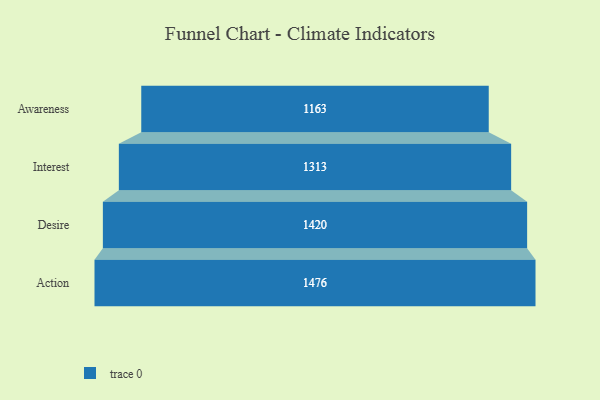
{"axis": {"x": "Stage", "y": "Value"}, "legend": [""], "data": [{"x": "Awareness", "y": 1163.0, "type": ""}, {"x": "Interest", "y": 1313.0, "type": ""}, {"x": "Desire", "y": 1420.0, "type": ""}, {"x": "Action", "y": 1476.0, "type": ""}]}